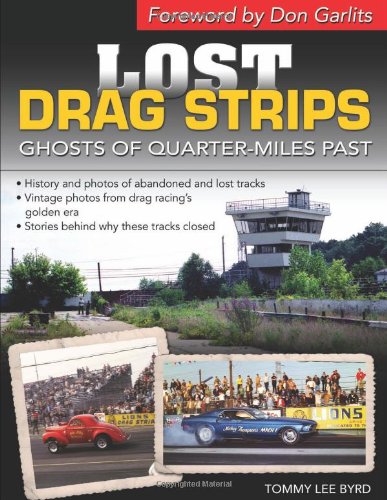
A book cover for Lost Drag Strips: Ghosts of Quarter Miles Past (Cartech); Tommy Lee Byrd; Engineering & Transportation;